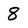
Character: 8